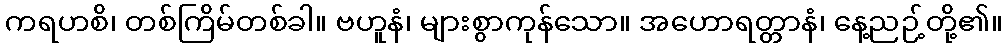
ကရဟစိ၊ တစ်ကြိမ်တစ်ခါ။ ဗဟူနံ၊ များစွာကုန်သော။ အဟောရတ္တာနံ၊ နေ့ညဉ့်တို့၏။